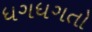
ધગધગતો